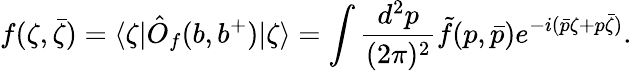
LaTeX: f(\zeta,{\bar{\zeta}})=\langle\zeta|\hat{O}_{f}(b,b^{+})|\zeta\rangle=\int{\frac{d^{2}p}{(2\pi)^{2}}}\tilde{f}(p,{\bar{p}})e^{-i(\bar{p}\zeta+p\bar{\zeta})}.